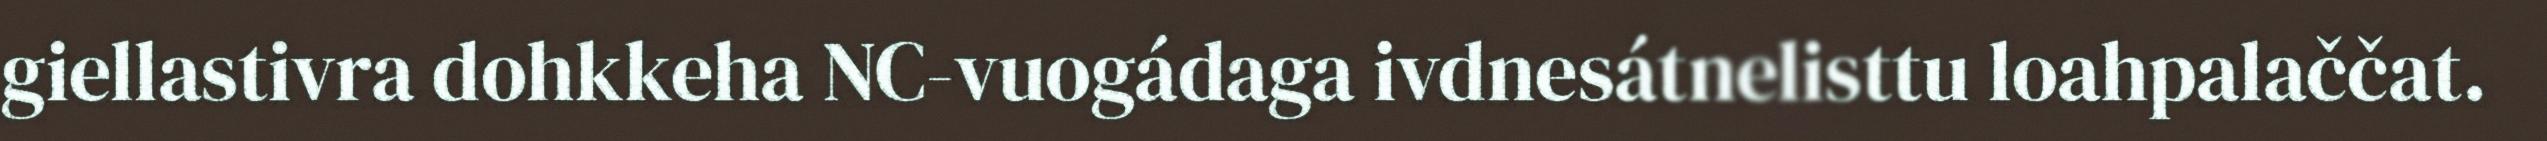
giellastivra dohkkeha NC-vuogádaga ivdnesátnelisttu loahpalaččat.